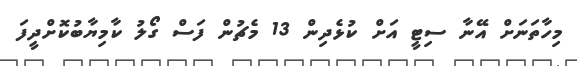
މިހާތަނަށް އޭނާ ސިޓީ އަށް ކުޅެދިން 13 މެޗުން ފަސް ގޯލު ކާމިޔާބުކޮށްދީފަ